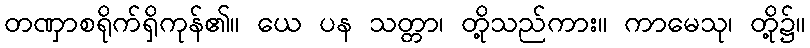
တဏှာစရိုက်ရှိကုန်၏။ ယေ ပန သတ္တာ၊ တို့သည်ကား။ ကာမေသု၊ တို့၌။